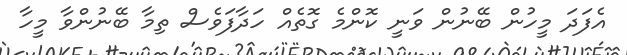
އެފަދަ މީހުން ބޭނުން ވަނީ ކޮންމެ ގޮތެއް ހަދާފަވެސް ތިމާ ބޭނުންވާ މީހާ